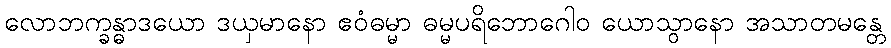
လောဘက္ခန္ဓာဒယော ဒယှမာနော ဧဝံဓမ္မာ ဓမ္မပရိဘောဂေါဝ ယောသွာနော အသာတမန္တေ